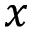
x